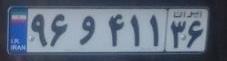
۹۶و۴۱۱۳۶